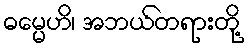
ဓမ္မေဟိ၊ အဘယ်တရားတို့